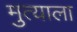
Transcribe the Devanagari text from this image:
मुत्याला